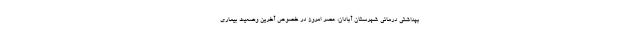
بهداشتی درمانی شهرستان آبادان، عصر امروز در خصوص آخرین وضعیت بیماری